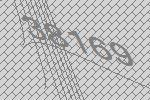
38169